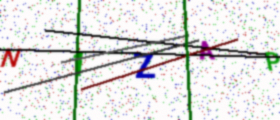
Text: N1ZAP